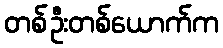
တစ်ဦးတစ်ယောက်က